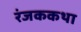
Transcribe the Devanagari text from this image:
रंजककथा